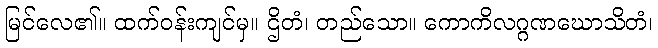
မြင်လေ၏။ ထက်ဝန်းကျင်မှ။ ဌိတံ၊ တည်သော။ ကောကိလဂ္ဂဏဃောသိတံ၊